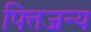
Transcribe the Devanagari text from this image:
पित्तजन्य